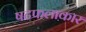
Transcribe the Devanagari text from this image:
षटफलाकार